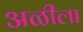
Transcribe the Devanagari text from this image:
अळीला